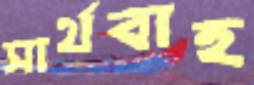
সার্থবাহ